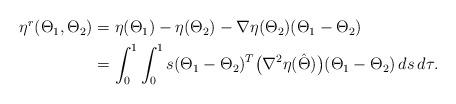
LaTeX: \begin{align*}\begin{aligned}\eta^r( \Theta_1,\Theta_2)&=\eta (\Theta_1) -\eta({\Theta_2})-\nabla\eta({\Theta_2})(\Theta_1-{\Theta_2})\\&=\int_{0}^{1} \int_{0}^{1} s(\Theta_1-{\Theta_2})^T \bigl(\nabla^2\eta(\hat{\Theta})\bigr)(\Theta_1-{\Theta_2})\,ds\, d\tau.\\\end{aligned}\end{align*}